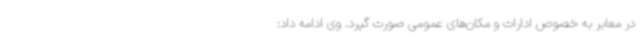
در معابر به خصوص ادارات و مکان‌های عمومی صورت گیرد. وی ادامه داد:‌